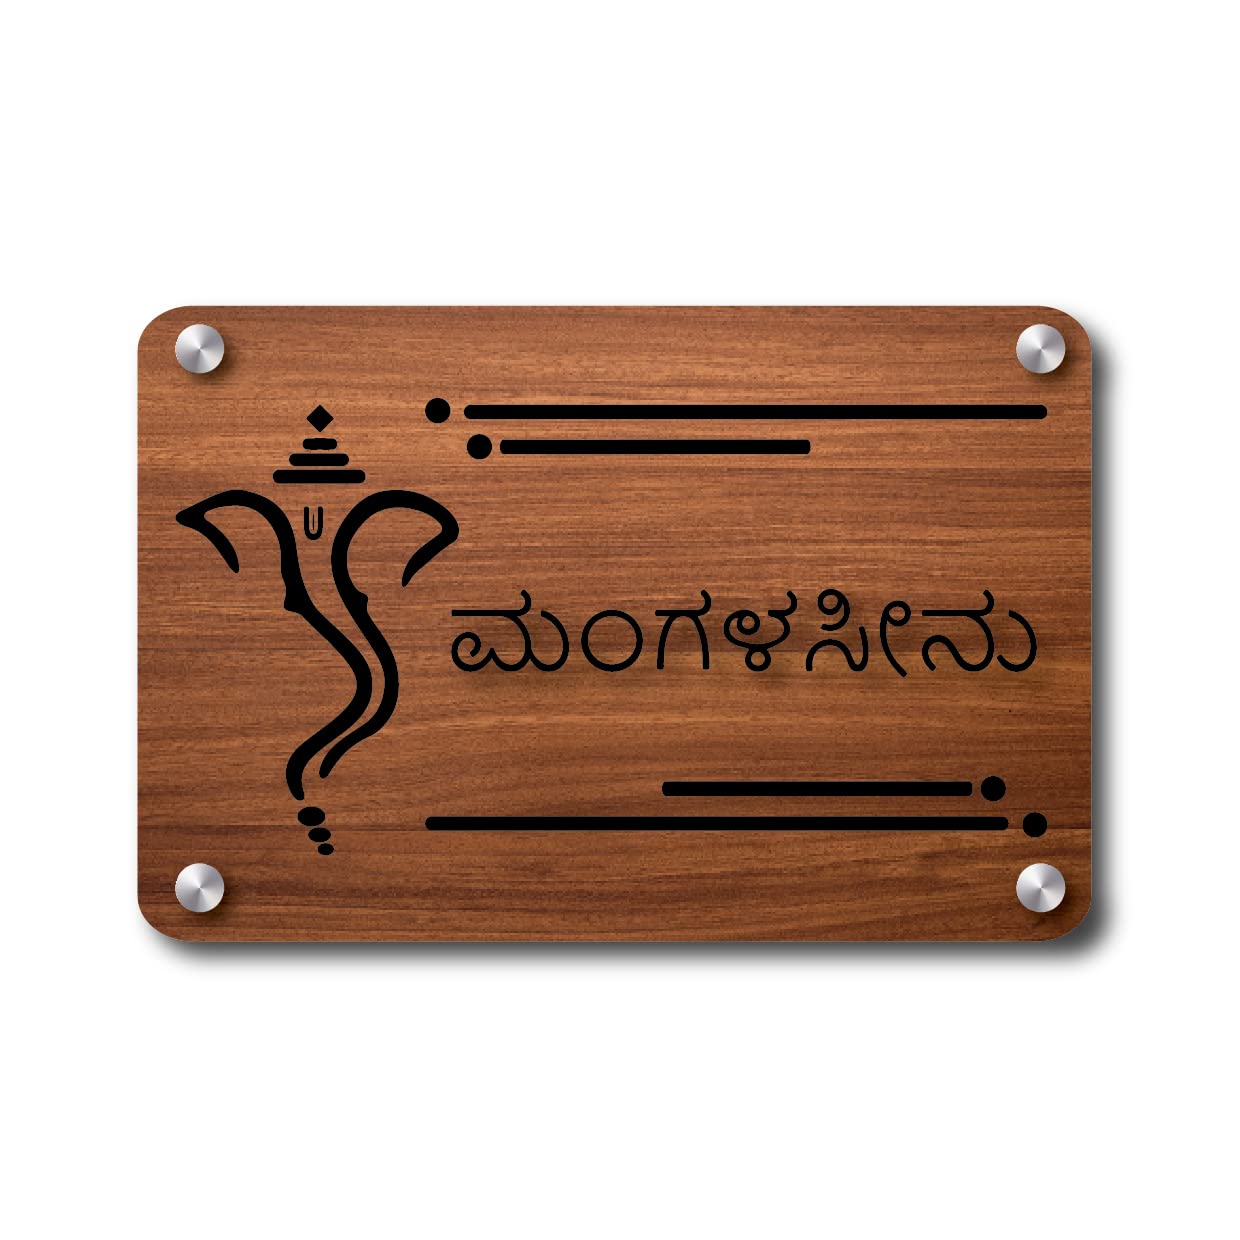
Language: kannada
Transcription: ಮಂಗಳಸೀನು